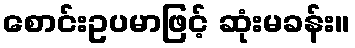
စောင်းဥပမာဖြင့် ဆုံးမခန်း။